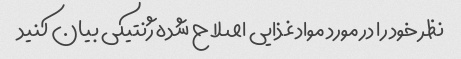
نظر خود را در مورد مواد غذایی اصلاح شده ژنتیکی بیان کنید